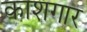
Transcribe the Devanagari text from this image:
काशगार